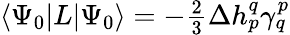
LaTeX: \begin{array}{r}{\langle{\Psi_{0}}|L|{\Psi_{0}}\rangle=-\frac{2}{3}\Delta h_{p}^{q}\gamma_{q}^{p}}\end{array}